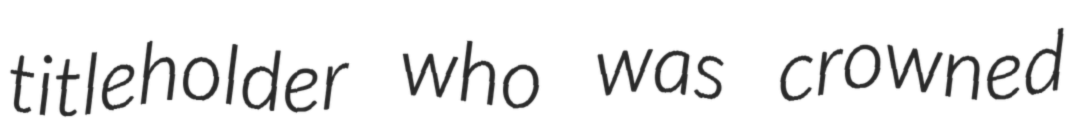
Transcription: titleholder who was crowned